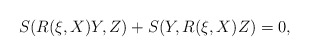
\begin{align*}S(R(\xi,X)Y,Z)+S(Y,R(\xi,X)Z)=0,\end{align*}